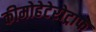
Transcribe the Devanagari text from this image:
कीमोहेटेरोट्राफ